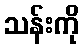
သန်းကို